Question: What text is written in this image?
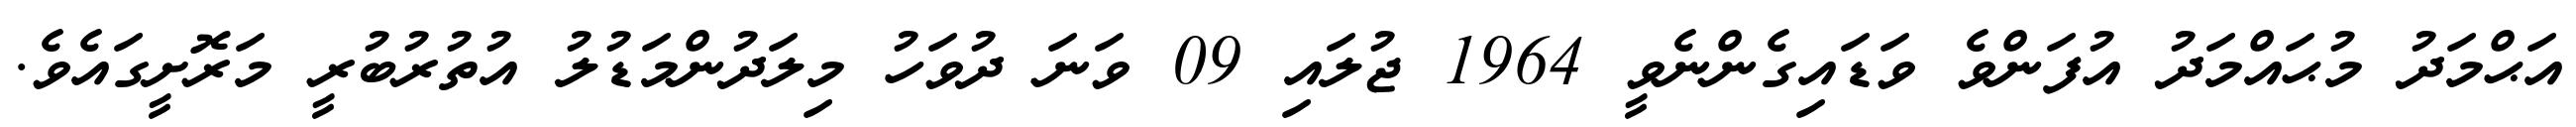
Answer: އަޙްމަދު މުޙައްމަދު އުފަންވެ ވަޑައިގެންނެވީ 1964 ޖުލައި 09 ވަނަ ދުވަހު މިލަދުންމަޑުލު އުތުރުބުރީ މަރޮށީގައެވެ.